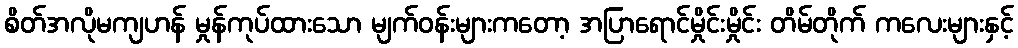
စိတ်အလိုမကျဟန် မှုန်ကုပ်ထားသော မျက်ဝန်းများကတော့ အပြာရောင်မှိုင်းမှိုင်း တိမ်တိုက် ကလေးများနှင့်